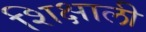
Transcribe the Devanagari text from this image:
शिक्षाली